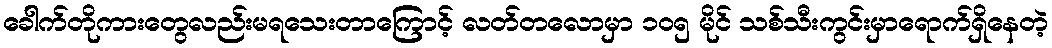
ခေါက်တိုကားတွေလည်းမရသေးတာကြောင့် လတ်တလောမှာ ၁၀၅ မိုင် သစ်သီးကွင်းမှာရောက်ရှိနေတဲ့